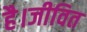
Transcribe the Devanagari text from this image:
है।जीवित